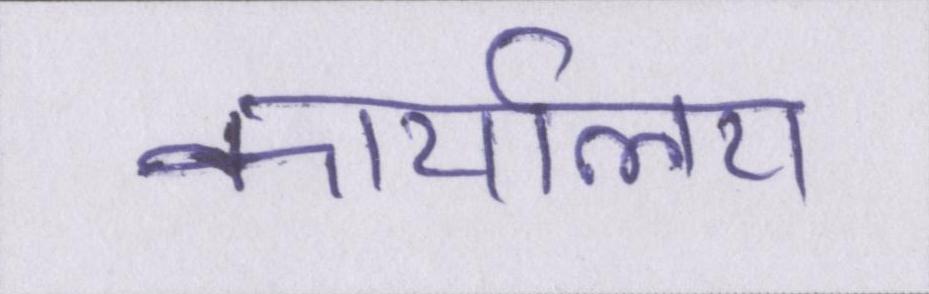
कार्यालय